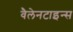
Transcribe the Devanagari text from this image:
वैलेनटाइन्स